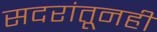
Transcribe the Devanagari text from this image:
सदरांतूनही